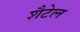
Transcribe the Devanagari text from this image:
शैटेल